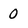
Character: 0